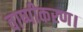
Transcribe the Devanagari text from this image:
वाष्पीकरण।